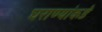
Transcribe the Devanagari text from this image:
घराण्यांकडे